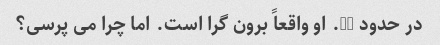
در حدود 30. او واقعاً برون گرا است. اما چرا می پرسی؟